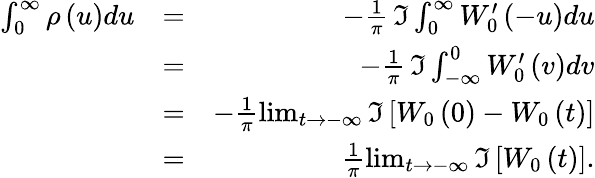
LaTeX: \begin{array}{rlr}{\int_{0}^{\infty}\rho\left(u\right)du}&{=}&{-\frac{1}{\pi}\, \Im\int_{0}^{\infty}W_{0}^{\prime}\left(-u\right)du}\\ &{=}&{-\frac{1}{\pi}\, \Im\int_{-\infty}^{0}W_{0}^{\prime}\left(v\right)dv}\\ &{=}&{-\frac{1}{\pi}\operatorname*{lim}_{t\rightarrow-\infty}\Im\left[W_{0}\left(0\right)-W_{0}\left(t\right)\right]}\\ &{=}&{\frac{1}{\pi}\operatorname*{lim}_{t\rightarrow-\infty}\Im\left[W_{0}\left(t\right)\right].}\end{array}